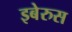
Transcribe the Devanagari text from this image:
इबेरुस